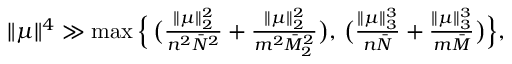
\begin{array} { r } { \| \mu \| ^ { 4 } \gg \operatorname* { m a x } \Big \{ \, \big ( \frac { \| \mu \| _ { 2 } ^ { 2 } } { n ^ { 2 } \bar { N } ^ { 2 } } + \frac { \| \mu \| _ { 2 } ^ { 2 } } { m ^ { 2 } \bar { M } _ { 2 } ^ { 2 } } \big ) , \, \big ( \frac { \| \mu \| _ { 3 } ^ { 3 } } { n \bar { N } } + \frac { \| \mu \| _ { 3 } ^ { 3 } } { m \bar { M } } \big ) \Big \} , } \end{array}